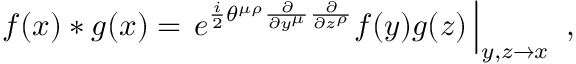
f ( x ) \ast g ( x ) = \left. e ^ { \frac { i } { 2 } \theta ^ { \mu \rho } \frac { \partial } { \partial y ^ { \mu } } \frac { \partial } { \partial z ^ { \rho } } } f ( y ) g ( z ) \, \right| _ { y , z \to x } ~ ,